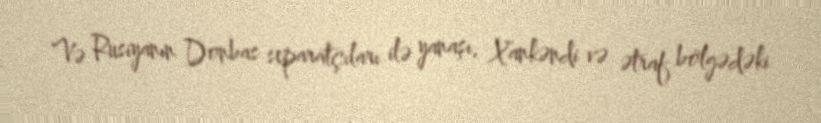
Və Rusiyanın Donbas separatçıları ilə yanaşı, Xankəndi və ətraf bölgədəki